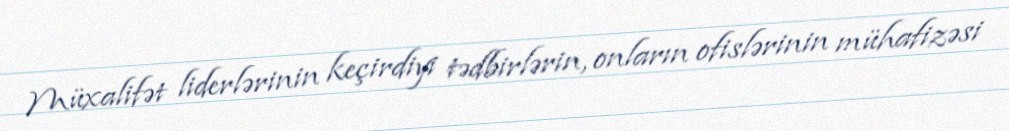
Müxalifət liderlərinin keçirdiyi tədbirlərin, onların ofislərinin mühafizəsi